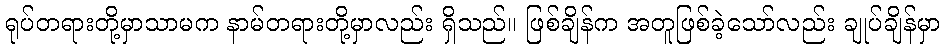
ရုပ်တရားတို့မှာသာမက နာမ်တရားတို့မှာလည်း ရှိသည်။ ဖြစ်ချိန်က အတူဖြစ်ခဲ့သော်လည်း ချုပ်ချိန်မှာ